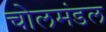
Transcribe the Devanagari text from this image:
चोलमंडल